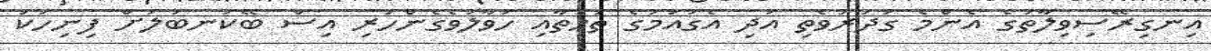
އިނގިރޭސިވިލާތުގެ އެންމެ ގަދަރުވެތި އަދި އެގައުމުގެ ތަހުތާއި ހަވާލުވެގެންހުރި އިސް ބޭކަނބަލަށް ފިނިހަކަ